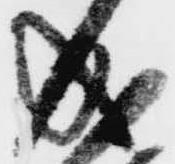
成